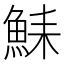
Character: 𫙛